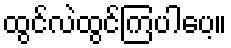
ထွင်လဲထွင်ကြပါပေ့။